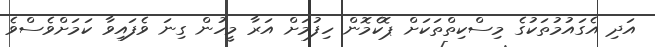
އަދި އެގައުމުތަކުގެ މިސްކިތްތަކަށް ޕޮކެމޮން ހިފުމަށް އަރާ މީހުން ގިނަ ވެފައިވާ ކަމަށްވެސްވެ